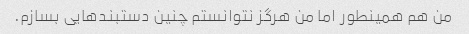
من هم همینطور اما من هرگز نتوانستم چنین دستبندهایی بسازم.